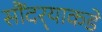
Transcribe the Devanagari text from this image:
सौंदर्‍याकडे